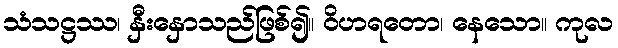
သံသဋ္ဌဿ၊ နှီးနှောသည်ဖြစ်၍။ ဝိဟရတော၊ နေသော။ ကုလ